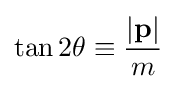
\tan 2\theta \equiv {\frac {|\mathbf {p} |}{m}}